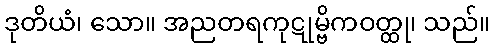
ဒုတိယံ၊ သော။ အညတရကုဋုမ္ဗိကဝတ္ထု၊ သည်။